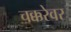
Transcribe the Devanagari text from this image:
चक्करेवर